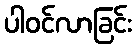
ပါဝင်လာခြင်း